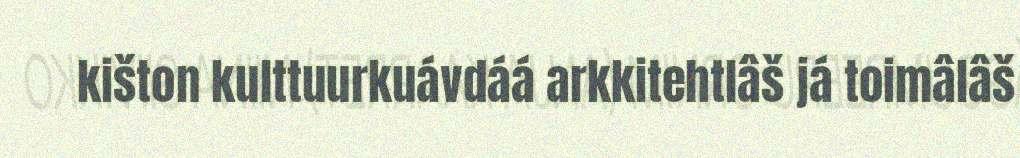
kišton kulttuurkuávdáá arkkitehtlâš já toimâlâš